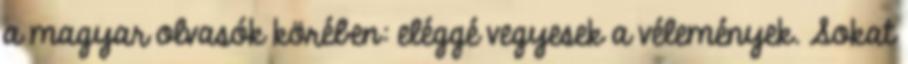
a magyar olvasók körében: eléggé vegyesek a vélemények. Sokat